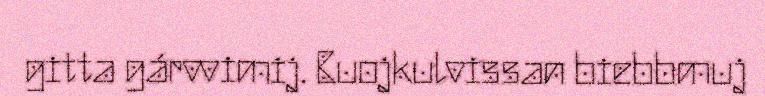
gitta gárvvimij. Buojkulvissan biebbmuj